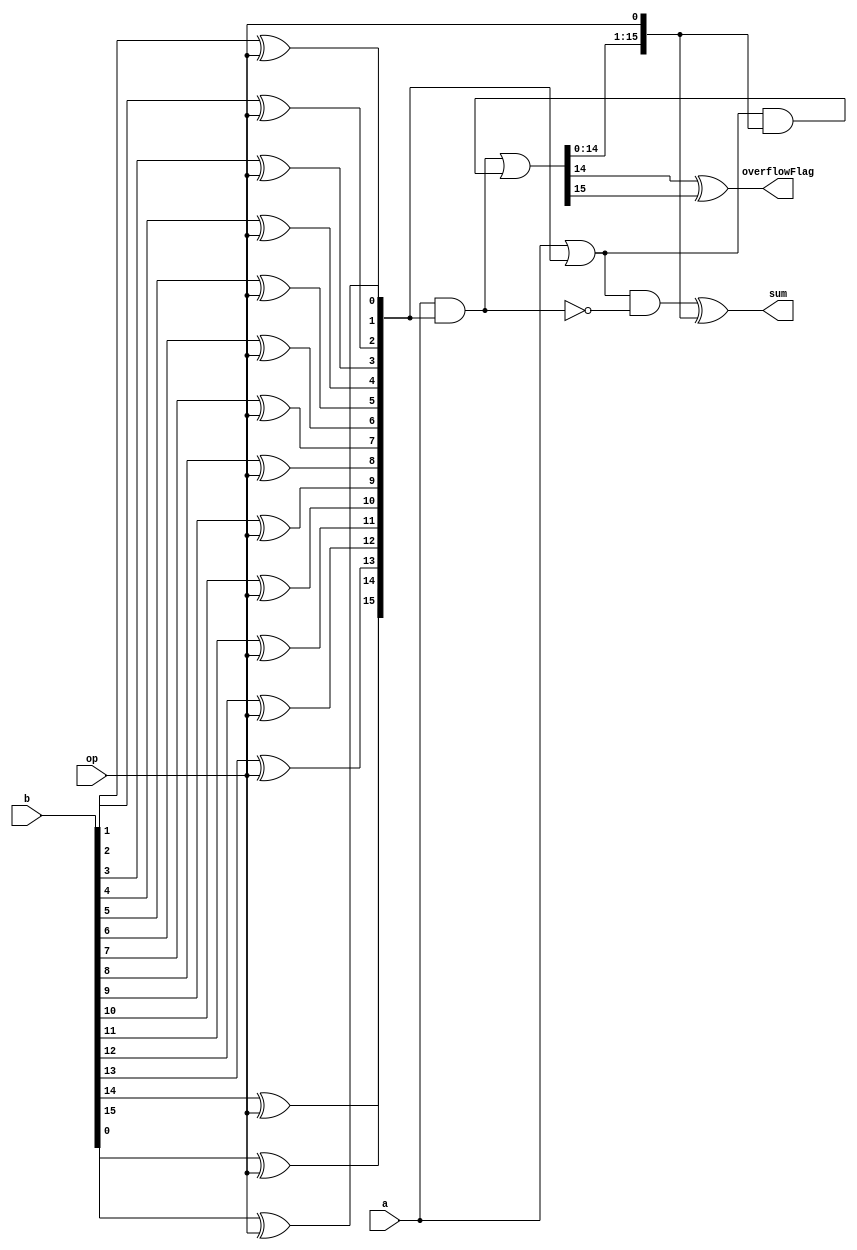
module FixedPoint_AdderSub_CarryLookAhead#(parameter WIDTH = 16)(a,b,op,sum,overflowFlag);
	input [WIDTH-1:0] a,b;
	input op;
	output [WIDTH-1:0] sum;
	output overflowFlag;
	wire carrylast,carryBeforelast;
	wire [WIDTH-1:0]b_modified;
	wire [WIDTH:0]    C;
	wire [WIDTH-1:0]    G, P;
	
	//invert B if Sub=true
	genvar i;
	generate 
	for (i = 0; i < WIDTH; i = i + 1) begin
		assign b_modified[i] = b[i] ^ op;
	end
	endgenerate
	
	
	assign G = a & b_modified;
	assign P = a | b_modified;
	
	
	assign C = {G | (P & C[WIDTH-1:0]),op};
	assign sum = (P & ~G) ^C[WIDTH-1:0];
	assign overflowFlag = (C[WIDTH-1] ^ C[WIDTH]) ;
	 
endmodule